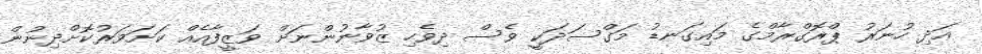
އަދި ހުނަރު ޕްރޮގްރާމްގެ މައިގަނޑު މަގްސަދަކީ ވެސް ދިވެހި ޒުވާނުންނަށް ވަޒީފާއެއް ކަށަވަރުކޮށްދިނުން